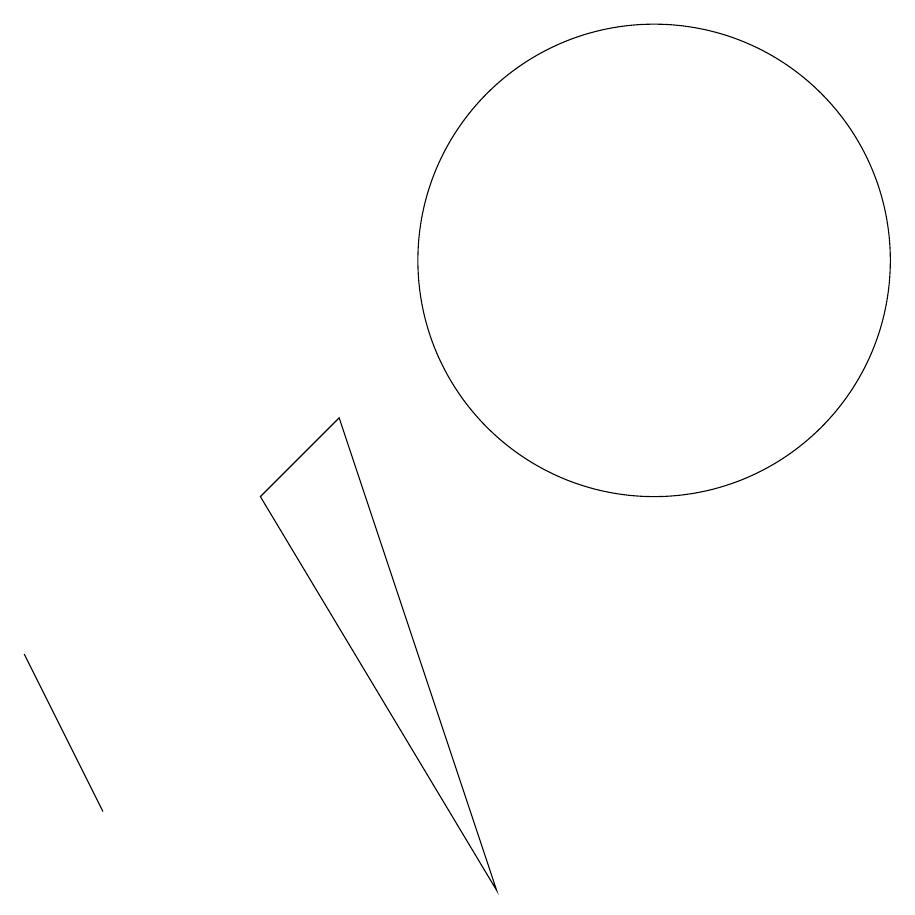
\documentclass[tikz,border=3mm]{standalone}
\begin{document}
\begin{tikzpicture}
\draw (6,8) -- (7,9) -- (9,3) -- cycle;
\draw (3,6) -- (4,4) -- (4,4) -- cycle;
\draw (11,11) circle (3);
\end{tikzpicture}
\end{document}